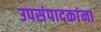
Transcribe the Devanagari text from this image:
उपसंपादकांना